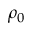
\rho _ { 0 }